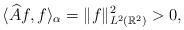
LaTeX: \begin{align*}\langle \widehat{A} f,f \rangle_{\alpha} = \|f \|_{L^2 (\mathbb{R}^2)}^2 >0,\end{align*}